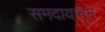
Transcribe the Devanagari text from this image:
समदायातून